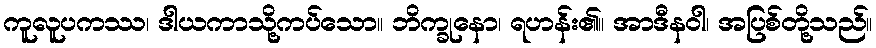
ကူလူပကဿ၊ ဒါယကာသို့ကပ်သော။ ဘိက္ခုနော၊ ရဟန်း၏။ အာဒီနဝါ၊ အပြစ်တို့သည်။